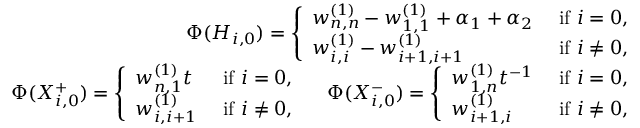
\begin{array} { r } { \Phi ( H _ { i , 0 } ) = \left\{ \begin{array} { l l } { w _ { n , n } ^ { ( 1 ) } - w _ { 1 , 1 } ^ { ( 1 ) } + \alpha _ { 1 } + \alpha _ { 2 } } & { \mathrm { ~ i f ~ } i = 0 , } \\ { w _ { i , i } ^ { ( 1 ) } - w _ { i + 1 , i + 1 } ^ { ( 1 ) } } & { \mathrm { ~ i f ~ } i \neq 0 , } \end{array} \right. } \\ { \Phi ( X _ { i , 0 } ^ { + } ) = \left\{ \begin{array} { l l } { w _ { n , 1 } ^ { ( 1 ) } t } & { \mathrm { ~ i f ~ } i = 0 , } \\ { w _ { i , i + 1 } ^ { ( 1 ) } } & { \mathrm { ~ i f ~ } i \neq 0 , } \end{array} \right. \quad \Phi ( X _ { i , 0 } ^ { - } ) = \left\{ \begin{array} { l l } { w _ { 1 , n } ^ { ( 1 ) } t ^ { - 1 } } & { \mathrm { ~ i f ~ } i = 0 , } \\ { w _ { i + 1 , i } ^ { ( 1 ) } } & { \mathrm { ~ i f ~ } i \neq 0 , } \end{array} \right. } \end{array}